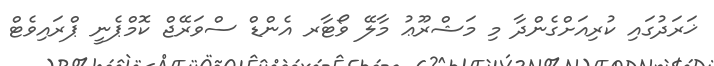
ޚަރަދުގައި ކުރިއަށްގެންދާ މި މަޝްރޫޢު މާލޭ ވޯޓާރ އެންޑް ސްވަރޭޖް ކޮމްޕެނީ ޕްރައިވެޓް